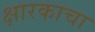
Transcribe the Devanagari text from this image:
क्षारकाचा